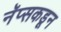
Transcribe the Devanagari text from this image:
नॅप्सकडून